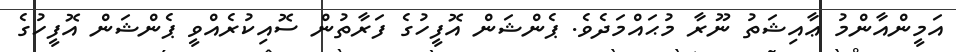
އަމީންއާންމު ޢާއިޝަތު ނޫރާ މުޙައްމަދެވެ. ޕެންޝަން އޮފީހުގެ ފަރާތުން ސޮއިކުރެއްވީ ޕެންޝަން އޮފީހުގެ